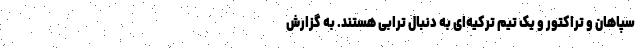
سپاهان و تراکتور و یک تیم ترکیه‌ای به دنبال ترابی هستند. به گزارش